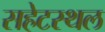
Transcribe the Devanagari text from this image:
सहेटस्थल